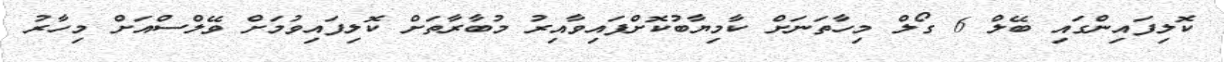
ކޮލިފައިންގައި ބޭލް 6 ގޯލް މިހާތަނަށް ކާމިޔާބުކޮށްފައިވާއިރު މުބާރާތަށް ކޮލިފައިވުމަށް ވޭލްސްއަށް މިހާރު